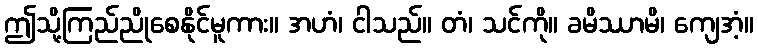
ဤသို့ကြည်ညိုစေနိုင်မူကား။ အဟံ၊ ငါသည်။ တံ၊ သင်ကို။ ခမိဿာမိ၊ ကျေအံ့။